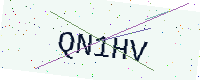
Text: QN1HV